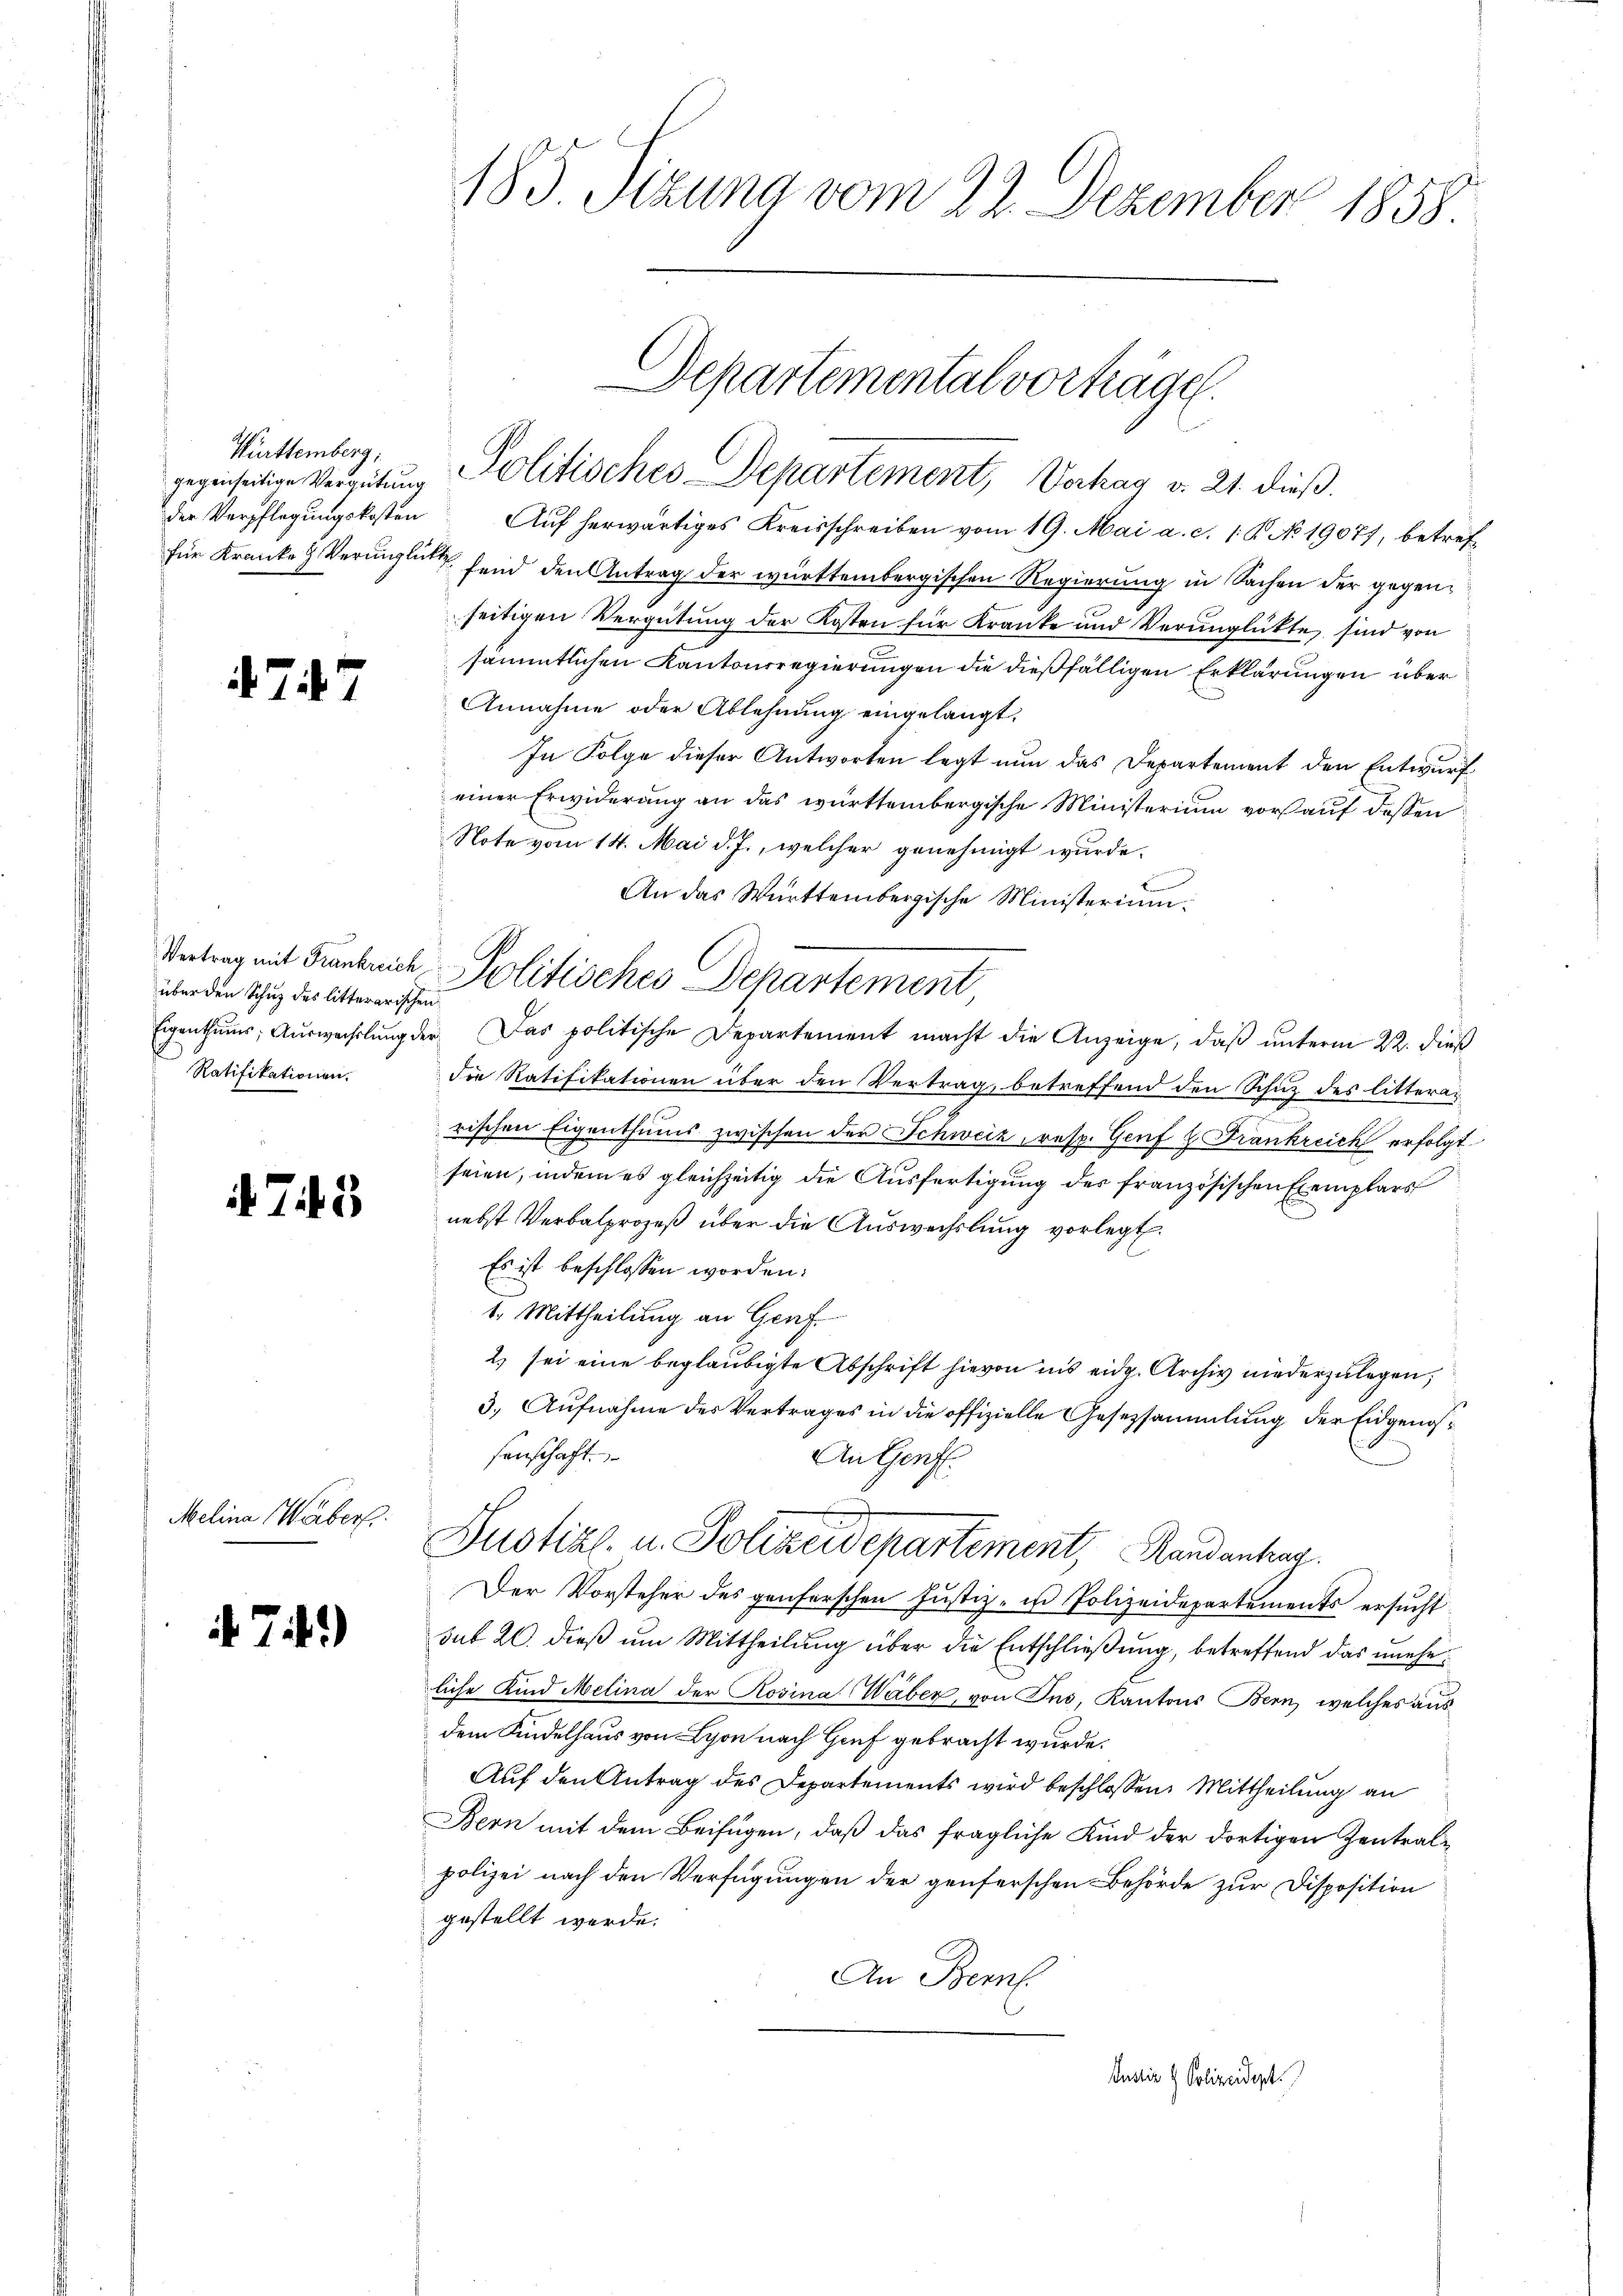
Württemberg,

477

über den Schuz des litterarischen
Ratifikationen.

475

Melina Webers

i 74.)

185. Sizung vom 22. Dezember 1858

Departemental vorträge.
gegenseitige Vergütung Politisches Departement, Verhag v. 21. dieß.

der Verpflegungskosten Auf herwärtiges Kreisschreiben vom 19. Mai a. c. 1. K. No 19077, betreffür Kranke & Verunglück fand den Antrag der württembergischen Regierung in Sachen der gegenseitigen Vergütung der Kosten für Kranke und Verunglükte sind von
sämmtlichen Kantonsregierungen die dießfälligen Erklärungen über
Annahme oder Ablehnung eingelangt.
In Folge dieser Antworten legt nun das Departement den Entwurf
einer Erwiderung an das württembergische Ministerium vorauf dessen
Note vom 14. Mai d. J., welcher genehmigt wurde.
An das Württembergische Ministerium:
Eigenthŭms Aŭswechslung der Das politische Departement macht die Anzeige, daβ ŭnterm 22. dieß
die Ratifikationen über den Vertrag, betreffend den Schutz des litterar
rischen Eigenthums zwischen der Schweiz, resp. Genf z. Frankreich erfolgt
seien, indem es gleichzeitig die Ausfertigung des französischen Exemplars
nebst Verbalprozeß über die Auswechslung vorlegt.
Es ist beschlossen worden:
1. Mittheilung an Genf
2) sei eine beglaubigte Abschrift hievon ins eidg. Archiv niederzulegen,
3., Aufnahme des Vertrages in die offizielle Gesetzsammlung der Eidgenossenschaft.
An Genf.
Justiz- u. Polizeidepartement, Randantrag.
Der Vorsteher des genferschen Justiz- u Polizeidepartements ersucht
sub 20. dieß um Mittheilung über die Entschließung, betreffend das uneheliche Kind Melina der Rosina Waber, von Ins, Kantons Bern, welches ausdem Kindelhaus von Lyon nach Genf gebracht wurde.
Auf den Antrag des Departements wird beschlossen: Mittheilung an
Bern mit dem Beifügen, daß das fragliche Kind der dortigen Zentralpolizei nach den Verfügungen der genferschen Behörde zur Disposition
gestellt werde.
An Bern.
Justiz & Polizeidigt.

Vertrag mit Frankreich Politisches Departement